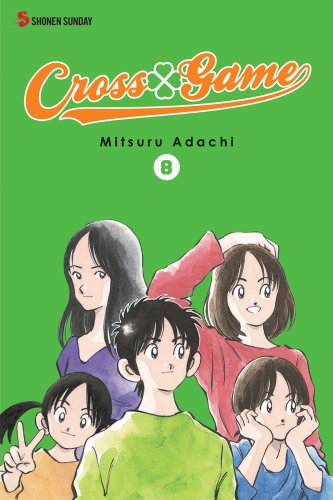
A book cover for Cross Game, Vol. 8; Mitsuru Adachi; Comics & Graphic Novels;